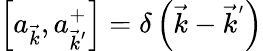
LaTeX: \left[a_{\vec{k}},a_{{\vec{k}}^{'}}^{+}\right]=\delta\left(\vec{k}-{\vec{k}}^{'}\right)